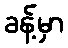
ခန့်မှာ